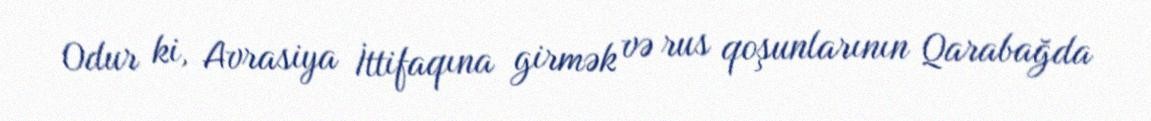
Odur ki, Avrasiya İttifaqına girmək və rus qoşunlarının Qarabağda